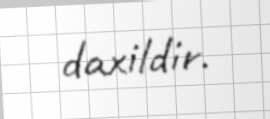
daxildir.